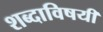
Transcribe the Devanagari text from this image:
शब्दाविषयी